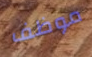
موظف